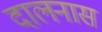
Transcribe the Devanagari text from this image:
दालनास